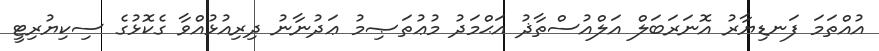
އުއްތަމަ ފަނޑިޔާރު އޮނަރަބަލް އަލްއުސްތާޛު އަޙްމަދު މުޢުތަޞިމު ޢަދުނާނު ދިރިއުޅުއްވާ ގެކޮޅުގެ ސިކިޔުރިޓީ